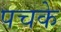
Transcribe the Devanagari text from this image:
पचके